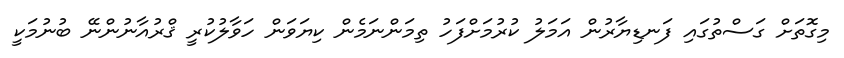
މިގޮތަށް ގަސްތުގައި ފަނޑިޔާރުން އަމަލު ކުރުމަށްފަހު ތިމަންނަމެން ކިޔަވަން ހަވާލުކުރީ ޤްރުއާނުންނޭ ބުނުމަކީ